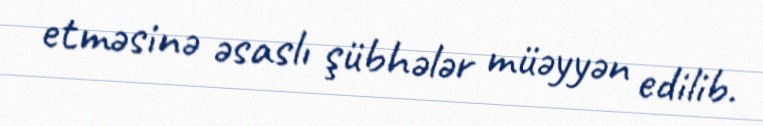
etməsinə əsaslı şübhələr müəyyən edilib.